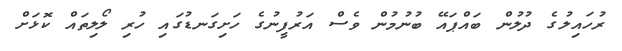
ރުހައިލުގެ ދުލުން ބައްޕައޭ ބުނުމުން ވެސް އަރުފީނުގެ ހަށިގަނޑުގައި ހުރި ލޯލިތައް ކޮޅަށް